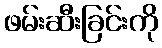
ဖမ်းဆီးခြင်းကို